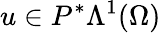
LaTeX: u\in P^{\ast}\Lambda^{1}(\Omega)